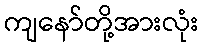
ကျနော်တို့အားလုံး